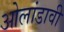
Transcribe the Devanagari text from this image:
ओलांडावी